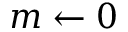
m \gets 0